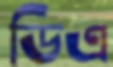
ডিএ